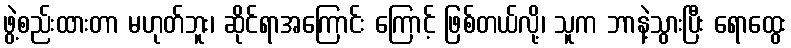
ဖွဲ့စည်းထားတာ မဟုတ်ဘူး၊ ဆိုင်ရာအကြောင်း ကြောင့် ဖြစ်တယ်လို့၊ သူက ဘာနဲ့သွားပြီး ရောထွေး